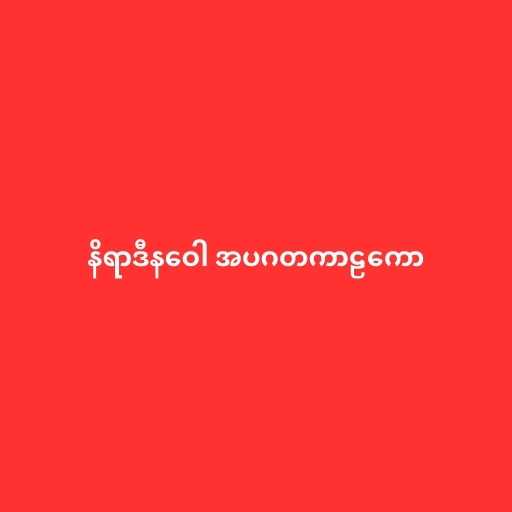
နိရာဒီနဝေါ အပဂတကာဠကော